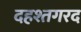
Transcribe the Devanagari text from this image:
दहश्तगरद